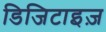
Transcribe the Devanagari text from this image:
डिजिटाइज़